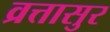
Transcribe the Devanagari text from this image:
व्रत्तासुर